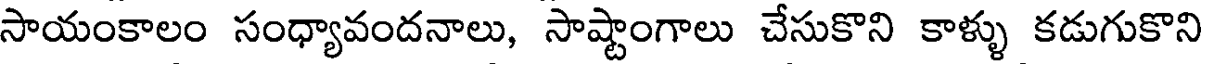
సాయంకాలం సంధ్యావందనాలు, సాష్టాంగాలు చేసుకొని కాళ్ళు కడుగుకొని